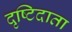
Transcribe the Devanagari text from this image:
दृष्टिदाता